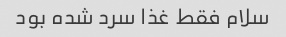
سلام فقط غذا سرد شده بود